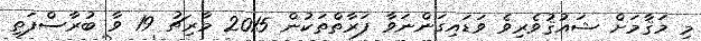
މި މަޤާމަށް ޝައުޤުވެރިވެ ވަޑައިގަންނަވާ ފަރާތްތަކުން 2015 މާރިޗު 19 ވާ ބުރާސްފަތި